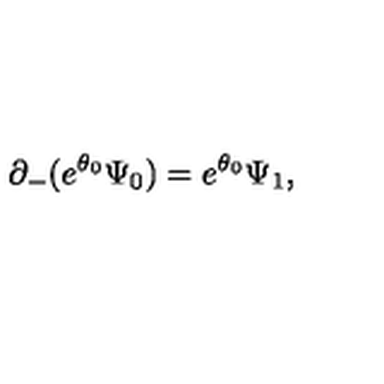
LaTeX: \partial _ { - } ( e ^ { \theta _ { 0 } } \Psi _ { 0 } ) = e ^ { \theta _ { 0 } } \Psi _ { 1 } ,